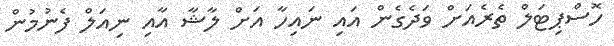
ހޮސްޕިޓަލް ތެރެއަށް ވަދެގެން އައި ނައިހާ އަށް ލާޝާ އާއި ނިއަލް ފެނުމުން